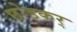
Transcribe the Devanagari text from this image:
छोड़कर्